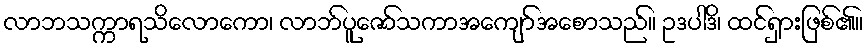
လာဘသက္ကာရသိလောကော၊ လာဘ်ပူဇော်သကာအကျော်အစောသည်။ ဥဒပါဒိ၊ ထင်ရှားဖြစ်၏။